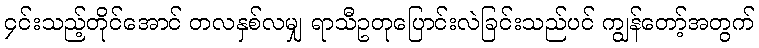
၄င်းသည့်တိုင်အောင် တလနှစ်လမျှ ရာသီဥတုပြောင်းလဲခြင်းသည်ပင် ကျွန်တော့်အတွက်